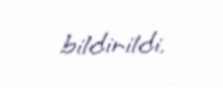
bildirildi.